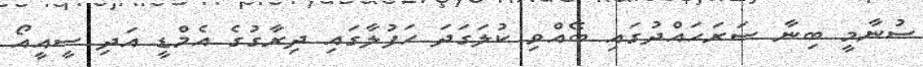
ސުނާމީ ބިނާ ސަރަހައްދުގައި ބޭއްވި ކުލަގަދަ ހަފުލާގައި ދިރާގުގެ އެމްޑީ އަދި ސީއީއޯ